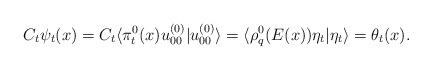
LaTeX: \begin{align*}C_t \psi_t(x) = C_t \langle \pi_t^0 (x)u_{00}^{(0)}| u_{00}^{(0)}\rangle = \langle \rho_q^0(E(x)) \eta_t| \eta_{t} \rangle = \theta_t(x).\end{align*}